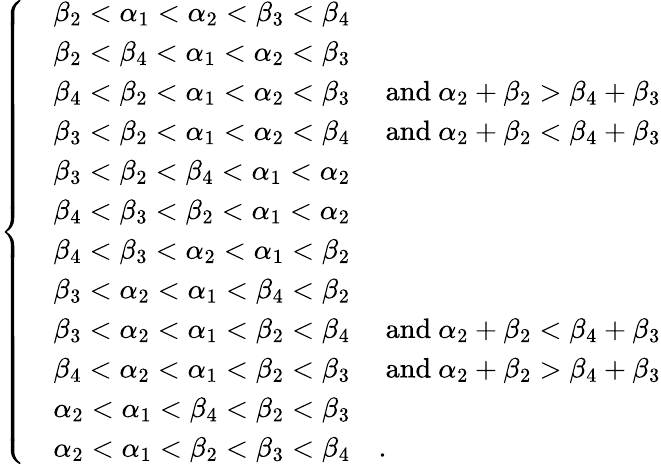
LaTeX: \left\{ \quad\begin{array}{rl}{\beta_{2}<\alpha_{1}<\alpha_{2}<\beta_{3}<\beta_{4}}&{}\\ {\beta_{2}<\beta_{4}<\alpha_{1}<\alpha_{2}<\beta_{3}}&{}\\ {\beta_{4}<\beta_{2}<\alpha_{1}<\alpha_{2}<\beta_{3}}&{\mathrm{~and~}\alpha_{2}+\beta_{2}>\beta_{4}+\beta_{3}}\\ {\beta_{3}<\beta_{2}<\alpha_{1}<\alpha_{2}<\beta_{4}}&{\mathrm{~and~}\alpha_{2}+\beta_{2}<\beta_{4}+\beta_{3}}\\ {\beta_{3}<\beta_{2}<\beta_{4}<\alpha_{1}<\alpha_{2}}&{}\\ {\beta_{4}<\beta_{3}<\beta_{2}<\alpha_{1}<\alpha_{2}}&{}\\ {\beta_{4}<\beta_{3}<\alpha_{2}<\alpha_{1}<\beta_{2}}&{}\\ {\beta_{3}<\alpha_{2}<\alpha_{1}<\beta_{4}<\beta_{2}}&{}\\ {\beta_{3}<\alpha_{2}<\alpha_{1}<\beta_{2}<\beta_{4}}&{\mathrm{~and~}\alpha_{2}+\beta_{2}<\beta_{4}+\beta_{3}}\\ {\beta_{4}<\alpha_{2}<\alpha_{1}<\beta_{2}<\beta_{3}}&{\mathrm{~and~}\alpha_{2}+\beta_{2}>\beta_{4}+\beta_{3}}\\ {\alpha_{2}<\alpha_{1}<\beta_{4}<\beta_{2}<\beta_{3}}&{}\\ {\alpha_{2}<\alpha_{1}<\beta_{2}<\beta_{3}<\beta_{4}}&{.}\end{array}\right.